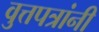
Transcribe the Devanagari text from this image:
वुत्तपत्रांनी